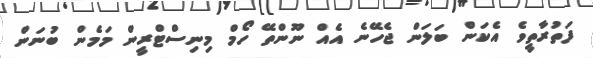
ފަތުރާތީވެ އެކަން ބަލަން ޖެހޭނެ އެއް ނޫންތޭ ހޯމް މިނިސްޓްރީން މަމެން ބުނަން